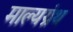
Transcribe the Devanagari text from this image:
माल्यग्रंथ